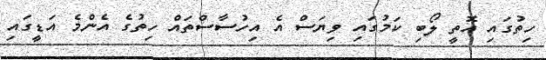
ހިތުގައި އޮތީ ލޯބި ކަމުގައި ވިޔަސް އެ އިހުސާސްތައް ހިތުގެ އެންމެ އަޑީގައި